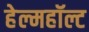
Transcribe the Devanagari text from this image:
हेल्महॉल्ट